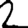
Digit: 2